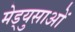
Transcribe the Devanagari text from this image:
मेड्युसाओं